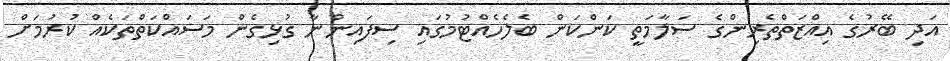
އަދި ބޭރުގެ އިއްޒަތްތެރިންގެ ސަލާމަތީ ކަންކަން ބެލެހެއްޓުމުގައި ސިފައިންނާ ގުޅިގެން މަސައްކަތްތަކެއް ކުރުމަށް